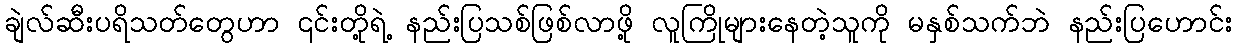
ချဲလ်ဆီးပရိသတ်တွေဟာ ၎င်းတို့ရဲ့ နည်းပြသစ်ဖြစ်လာဖို့ လူကြိုများနေတဲ့သူကို မနှစ်သက်ဘဲ နည်းပြဟောင်း